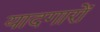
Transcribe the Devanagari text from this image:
यादगारों